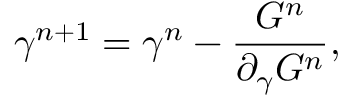
\gamma ^ { n + 1 } = \gamma ^ { n } - \frac { G ^ { n } } { \partial _ { \gamma } G ^ { n } } ,